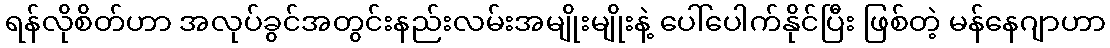
ရန်လိုစိတ်ဟာ အလုပ်ခွင်အတွင်းနည်းလမ်းအမျိုးမျိုးနဲ့ ပေါ်ပေါက်နိုင်ပြီး ဖြစ်တဲ့ မန်နေဂျာဟာ